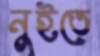
নুইতে